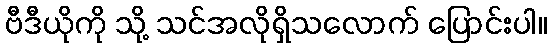
ဗီဒီယိုကို သို့ သင်အလိုရှိသလောက် ပြောင်းပါ။